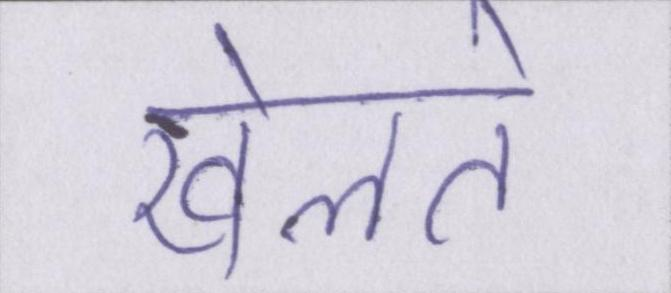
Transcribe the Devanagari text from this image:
खेलते